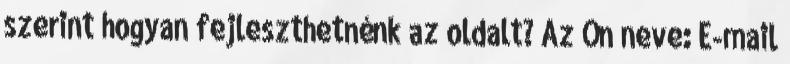
szerint hogyan fejleszthetnénk az oldalt? Az Ön neve: E-mail